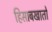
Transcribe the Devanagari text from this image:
हिसाबखातों